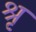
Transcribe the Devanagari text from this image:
श्रृ